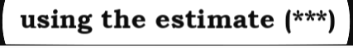
using the estimate (***)